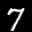
Label: 7